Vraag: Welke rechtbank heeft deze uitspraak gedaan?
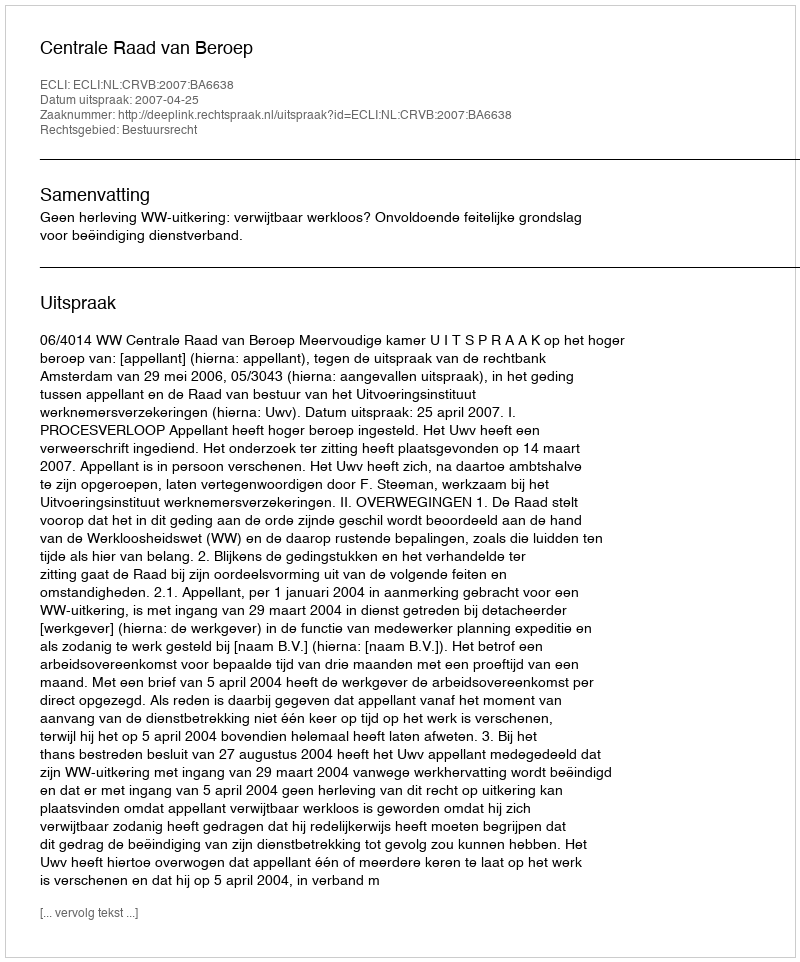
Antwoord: Centrale Raad van Beroep